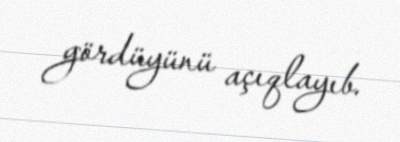
gördüyünü açıqlayıb.